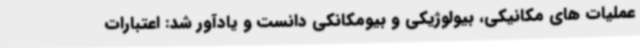
عملیات های مکانیکی، بیولوژیکی و بیومکانکی دانست و یادآور شد: اعتبارات